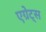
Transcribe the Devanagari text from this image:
एग्रेट्स